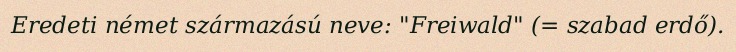
Eredeti német származású neve: "Freiwald" (= szabad erdő).